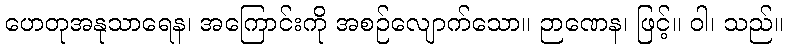
ဟေတုအနုသာရေန၊ အကြောင်းကို အစဉ်လျောက်သော။ ဉာဏေန၊ ဖြင့်။ ဝါ၊ သည်။